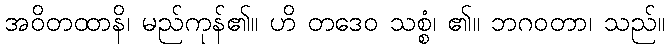
အဝိတထာနိ၊ မည်ကုန်၏။ ဟိ တဒေဝ သစ္စံ၊ ၏။ ဘဂဝတာ၊ သည်။